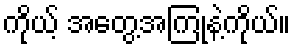
ကိုယ့် အတွေ့အကြုံနဲ့ကိုယ်။